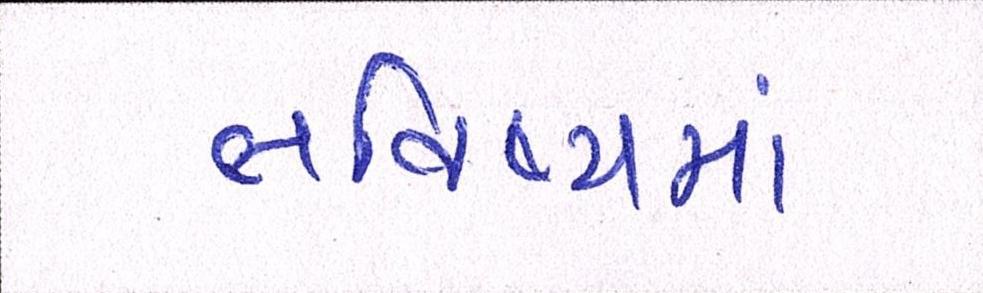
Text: ભવિષ્યમાં